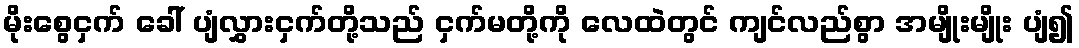
မိုးစွေငှက် ခေါ် ပျံလွှားငှက်တို့သည် ငှက်မတို့ကို လေထဲတွင် ကျင်လည်စွာ အမျိုးမျိုး ပျံ၍